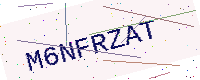
Text: M6NFRZAT